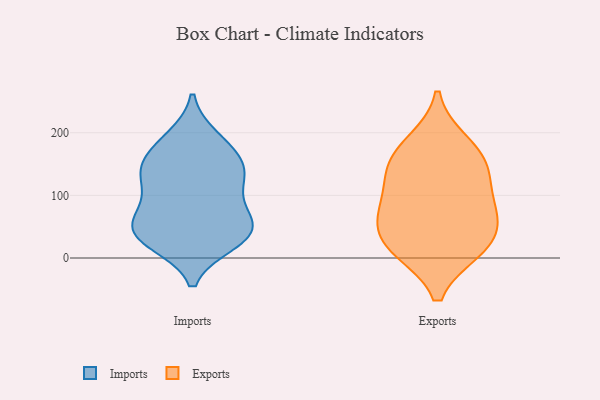
{"axis": {"x": "Operating Costs (USD K)", "y": "Value"}, "legend": ["Exports", "Imports"], "data": [{"x": "", "y": 134, "type": "Imports"}, {"x": "", "y": 183, "type": "Imports"}, {"x": "", "y": 34, "type": "Imports"}, {"x": "", "y": 103, "type": "Imports"}, {"x": "", "y": 132, "type": "Imports"}, {"x": "", "y": 137, "type": "Imports"}, {"x": "", "y": 58, "type": "Imports"}, {"x": "", "y": 75, "type": "Imports"}, {"x": "", "y": 39, "type": "Imports"}, {"x": "", "y": 191, "type": "Imports"}, {"x": "", "y": 142, "type": "Imports"}, {"x": "", "y": 164, "type": "Imports"}, {"x": "", "y": 39, "type": "Imports"}, {"x": "", "y": 33, "type": "Imports"}, {"x": "", "y": 68, "type": "Imports"}, {"x": "", "y": 25, "type": "Imports"}, {"x": "", "y": 15, "type": "Exports"}, {"x": "", "y": 21, "type": "Exports"}, {"x": "", "y": 140, "type": "Exports"}, {"x": "", "y": 70, "type": "Exports"}, {"x": "", "y": 162, "type": "Exports"}, {"x": "", "y": 132, "type": "Exports"}, {"x": "", "y": 19, "type": "Exports"}, {"x": "", "y": 81, "type": "Exports"}, {"x": "", "y": 183, "type": "Exports"}, {"x": "", "y": 69, "type": "Exports"}]}